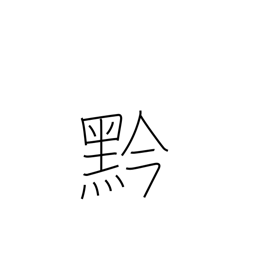
Meaning: black